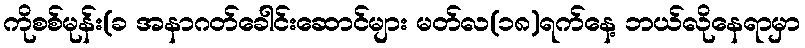
ကိုစစ်မုန်း(ခ အနာဂတ်ခေါင်းဆောင်များ မတ်လ(၁၈)ရက်နေ့ ဘယ်လိုနေရာမှာ